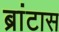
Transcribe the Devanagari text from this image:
ब्रांटास